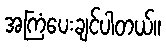
အကြံပေးချင်ပါတယ်။